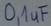
Text: 0,1uF